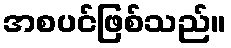
အစပင်ဖြစ်သည်။